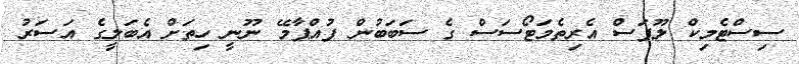
ސިސްޓެމިކް ލޫޕަސް އެރިތެމަޓޯސަސް ގެ ސަބަބުން ފުއްޕާމޭ ނޫނީ ހިތަށް އެބަލީގެ އަސަރު